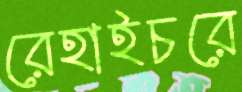
রেহাইচরে